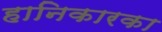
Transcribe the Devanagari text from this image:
हानिकारका